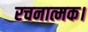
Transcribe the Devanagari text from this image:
रचनात्मक।